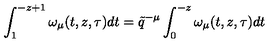
\int _ { 1 } ^ { - z + 1 } \omega _ { \mu } ( t , z , \tau ) d t = \tilde { q } ^ { - \mu } \int _ { 0 } ^ { - z } \omega _ { \mu } ( t , z , \tau ) d t